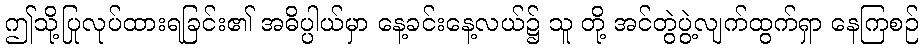
ဤသို့ပြုလုပ်ထားရခြင်း၏ အဓိပ္ပါယ်မှာ နေ့ခင်းနေ့လယ်၌ သူ တို့ အင်တွဲပွဲ့လျက်ထွက်ရှာ နေကြစဉ်